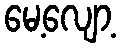
မေ့လျော့